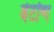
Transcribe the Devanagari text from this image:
बेटॉन्ग